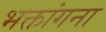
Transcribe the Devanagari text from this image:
भक्तांगना